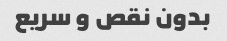
بدون نقص و سریع